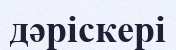
дәріскері